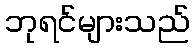
ဘုရင်များသည်